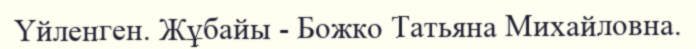
Үйленген. Жұбайы - Божко Татьяна Михайловна.